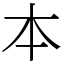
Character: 本